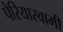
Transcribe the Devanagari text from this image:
पेरियास्वामी